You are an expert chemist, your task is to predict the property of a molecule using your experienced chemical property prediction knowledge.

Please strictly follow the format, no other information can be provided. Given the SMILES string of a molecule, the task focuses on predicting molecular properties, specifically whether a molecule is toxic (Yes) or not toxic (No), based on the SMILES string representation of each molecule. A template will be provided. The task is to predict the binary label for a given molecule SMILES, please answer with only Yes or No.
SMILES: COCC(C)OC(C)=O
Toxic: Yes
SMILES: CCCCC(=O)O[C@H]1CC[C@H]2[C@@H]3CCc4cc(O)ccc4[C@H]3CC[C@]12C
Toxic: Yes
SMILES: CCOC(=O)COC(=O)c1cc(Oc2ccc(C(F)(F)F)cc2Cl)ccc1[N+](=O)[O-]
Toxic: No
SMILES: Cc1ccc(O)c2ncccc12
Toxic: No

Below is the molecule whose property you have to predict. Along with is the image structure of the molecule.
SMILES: CN(C)CCCNCCCN(C)C
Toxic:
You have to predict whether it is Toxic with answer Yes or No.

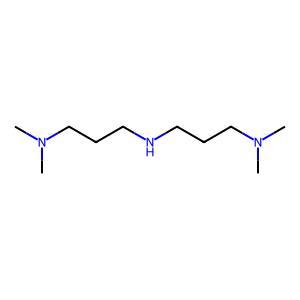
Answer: No